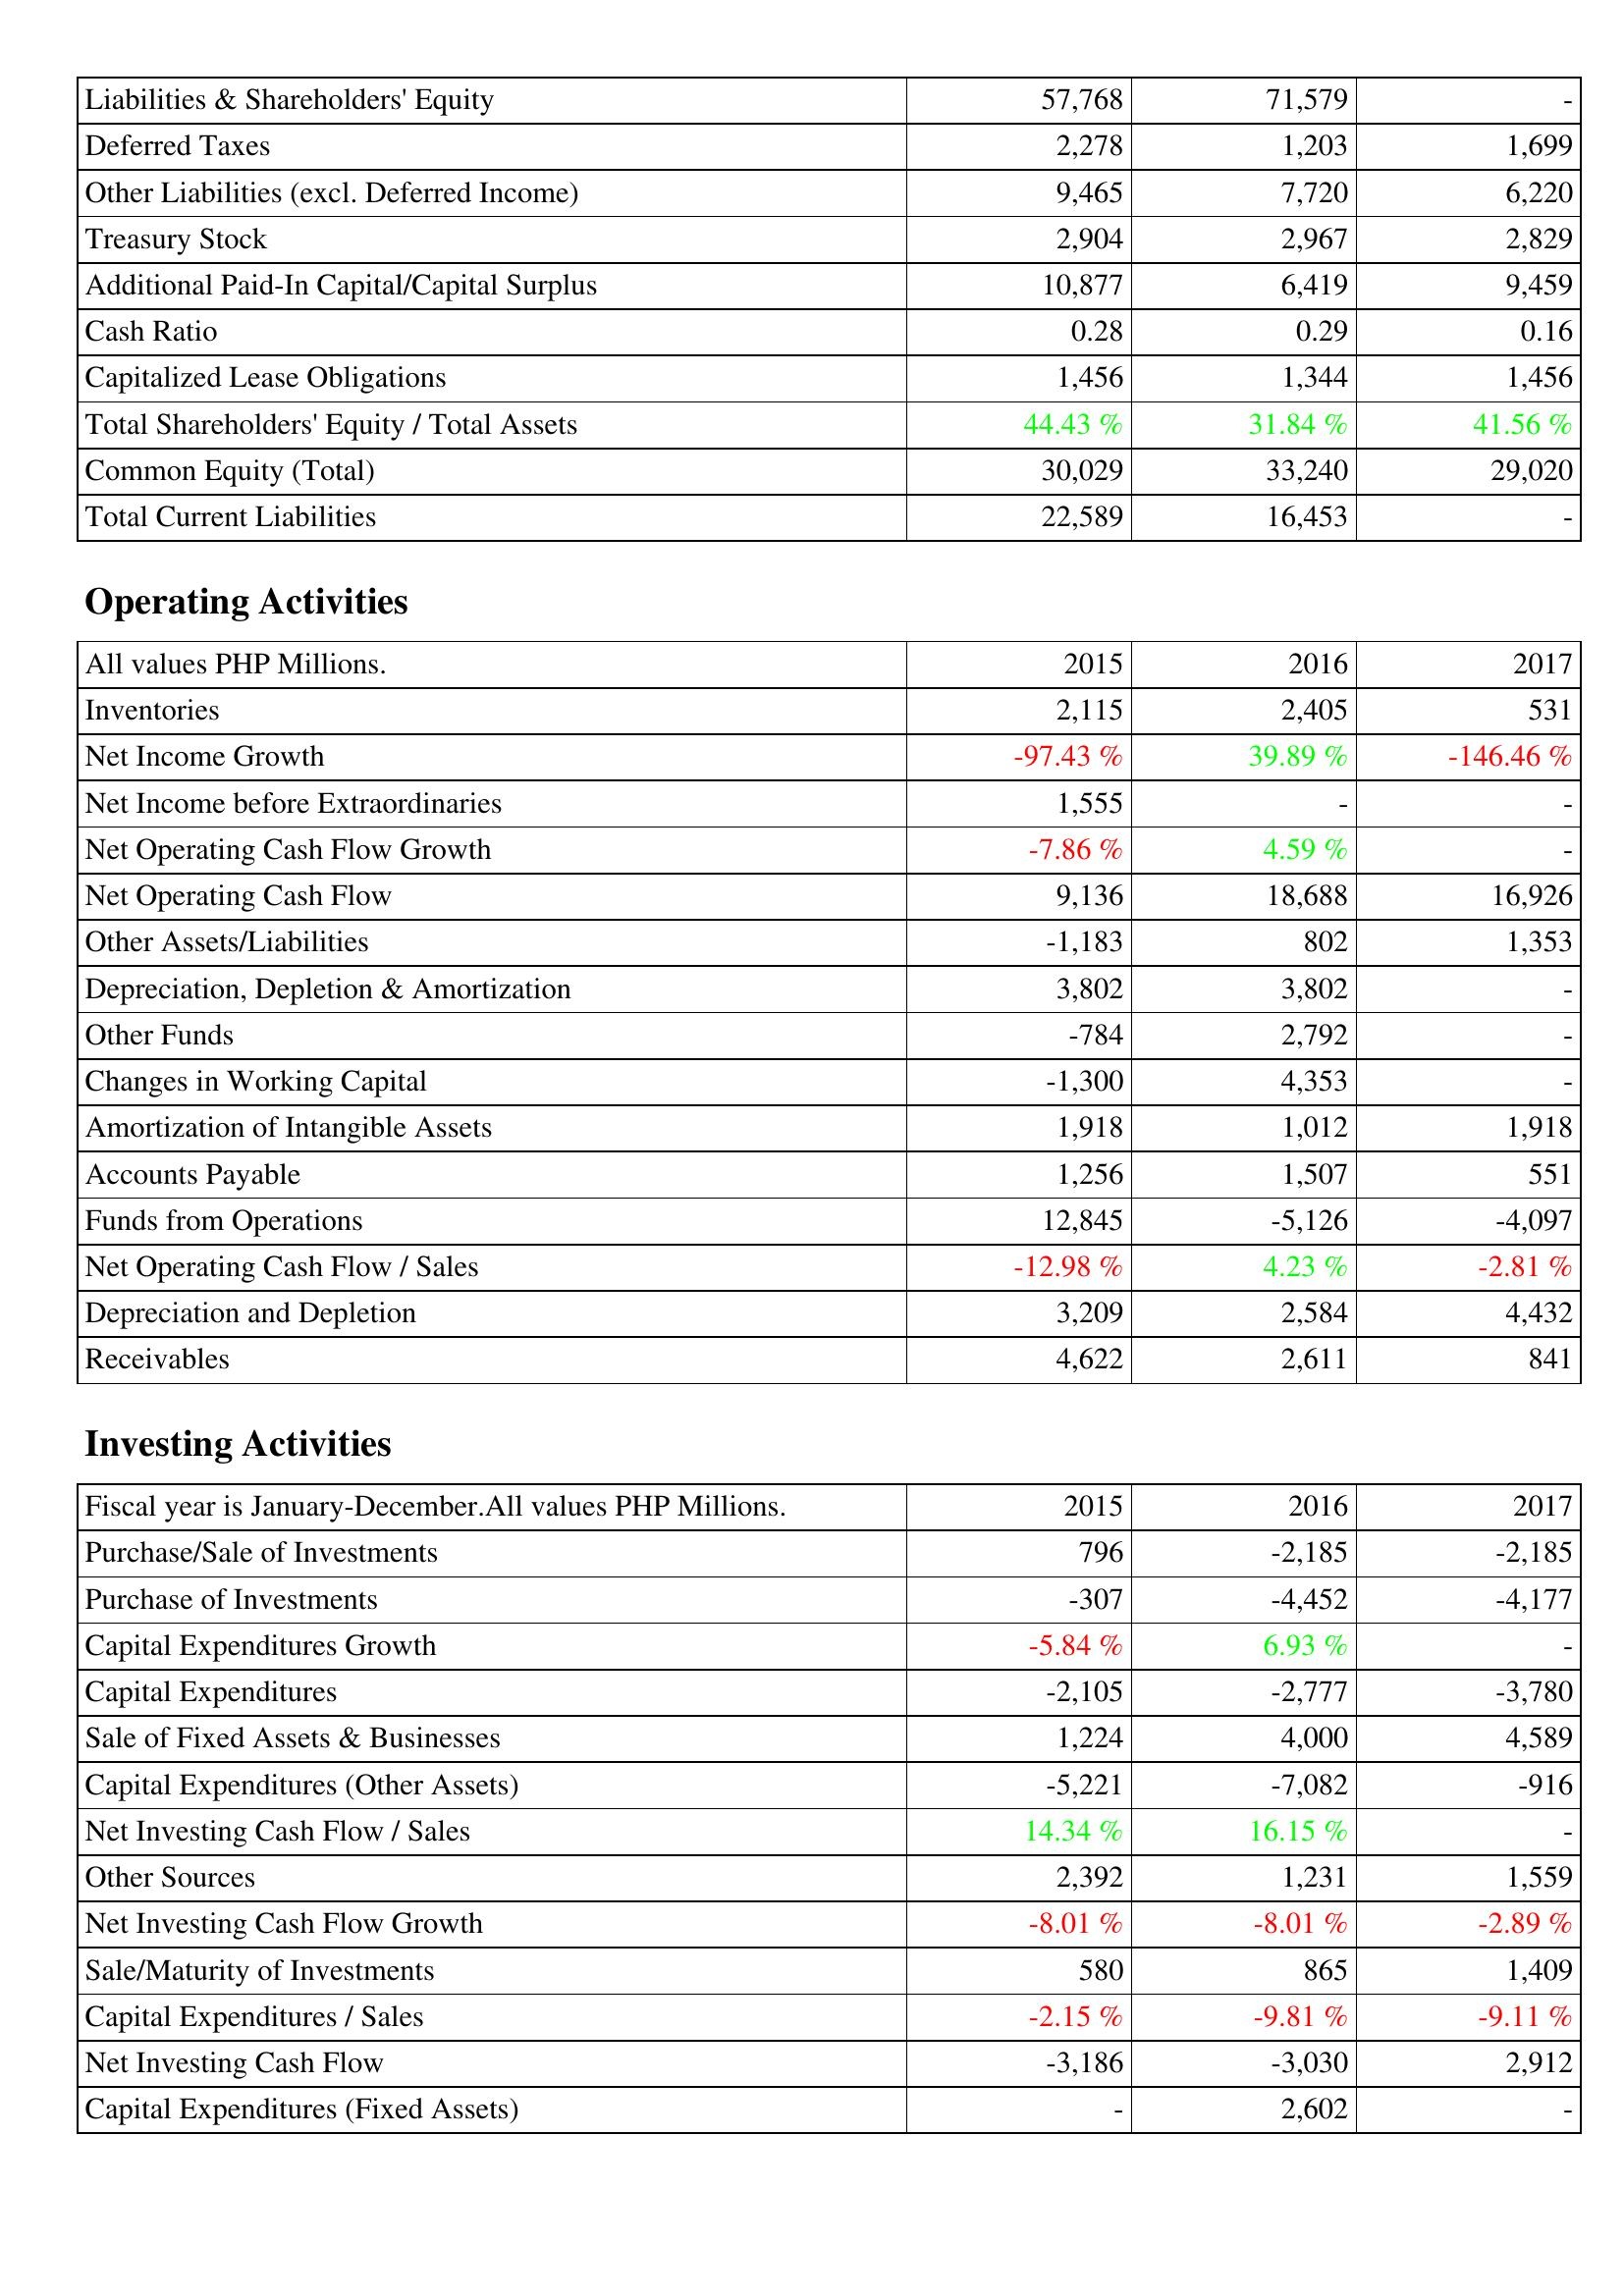
2015: Liabilities & Shareholders' Equity: Liabilities & Shareholders' Equity: 57,768
Deferred Taxes: 2,278
Other Liabilities (excl. Deferred Income): 9,465
Treasury Stock: 2,904
Additional Paid-In Capital/Capital Surplus: 10,877
Cash Ratio: 0.28
Capitalized Lease Obligations: 1,456
Total Shareholders' Equity / Total Assets: 44.43 %
Common Equity (Total): 30,029
Total Current Liabilities: 22,589
Operating Activities: Inventories: 2,115
Net Income Growth: -97.43 %
Net Income before Extraordinaries: 1,555
Net Operating Cash Flow Growth: -7.86 %
Net Operating Cash Flow: 9,136
Other Assets/Liabilities: -1,183
Depreciation, Depletion & Amortization: 3,802
Other Funds: -784
Changes in Working Capital: -1,300
Amortization of Intangible Assets: 1,918
Accounts Payable: 1,256
Funds from Operations: 12,845
Net Operating Cash Flow / Sales: -12.98 %
Depreciation and Depletion: 3,209
Receivables: 4,622
Investing Activities: Purchase/Sale of Investments: 796
Purchase of Investments: -307
Capital Expenditures Growth: -5.84 %
Capital Expenditures: -2,105
Sale of Fixed Assets & Businesses: 1,224
Capital Expenditures (Other Assets): -5,221
Net Investing Cash Flow / Sales: 14.34 %
Other Sources: 2,392
Net Investing Cash Flow Growth: -8.01 %
Sale/Maturity of Investments: 580
Capital Expenditures / Sales: -2.15 %
Net Investing Cash Flow: -3,186
Capital Expenditures (Fixed Assets): -
2016: Liabilities & Shareholders' Equity: Liabilities & Shareholders' Equity: 71,579
Deferred Taxes: 1,203
Other Liabilities (excl. Deferred Income): 7,720
Treasury Stock: 2,967
Additional Paid-In Capital/Capital Surplus: 6,419
Cash Ratio: 0.29
Capitalized Lease Obligations: 1,344
Total Shareholders' Equity / Total Assets: 31.84 %
Common Equity (Total): 33,240
Total Current Liabilities: 16,453
Operating Activities: Inventories: 2,405
Net Income Growth: 39.89 %
Net Income before Extraordinaries: -
Net Operating Cash Flow Growth: 4.59 %
Net Operating Cash Flow: 18,688
Other Assets/Liabilities: 802
Depreciation, Depletion & Amortization: 3,802
Other Funds: 2,792
Changes in Working Capital: 4,353
Amortization of Intangible Assets: 1,012
Accounts Payable: 1,507
Funds from Operations: -5,126
Net Operating Cash Flow / Sales: 4.23 %
Depreciation and Depletion: 2,584
Receivables: 2,611
Investing Activities: Purchase/Sale of Investments: -2,185
Purchase of Investments: -4,452
Capital Expenditures Growth: 6.93 %
Capital Expenditures: -2,777
Sale of Fixed Assets & Businesses: 4,000
Capital Expenditures (Other Assets): -7,082
Net Investing Cash Flow / Sales: 16.15 %
Other Sources: 1,231
Net Investing Cash Flow Growth: -8.01 %
Sale/Maturity of Investments: 865
Capital Expenditures / Sales: -9.81 %
Net Investing Cash Flow: -3,030
Capital Expenditures (Fixed Assets): 2,602
2017: Liabilities & Shareholders' Equity: Liabilities & Shareholders' Equity: -
Deferred Taxes: 1,699
Other Liabilities (excl. Deferred Income): 6,220
Treasury Stock: 2,829
Additional Paid-In Capital/Capital Surplus: 9,459
Cash Ratio: 0.16
Capitalized Lease Obligations: 1,456
Total Shareholders' Equity / Total Assets: 41.56 %
Common Equity (Total): 29,020
Total Current Liabilities: -
Operating Activities: Inventories: 531
Net Income Growth: -146.46 %
Net Income before Extraordinaries: -
Net Operating Cash Flow Growth: -
Net Operating Cash Flow: 16,926
Other Assets/Liabilities: 1,353
Depreciation, Depletion & Amortization: -
Other Funds: -
Changes in Working Capital: -
Amortization of Intangible Assets: 1,918
Accounts Payable: 551
Funds from Operations: -4,097
Net Operating Cash Flow / Sales: -2.81 %
Depreciation and Depletion: 4,432
Receivables: 841
Investing Activities: Purchase/Sale of Investments: -2,185
Purchase of Investments: -4,177
Capital Expenditures Growth: -
Capital Expenditures: -3,780
Sale of Fixed Assets & Businesses: 4,589
Capital Expenditures (Other Assets): -916
Net Investing Cash Flow / Sales: -
Other Sources: 1,559
Net Investing Cash Flow Growth: -2.89 %
Sale/Maturity of Investments: 1,409
Capital Expenditures / Sales: -9.11 %
Net Investing Cash Flow: 2,912
Capital Expenditures (Fixed Assets): -